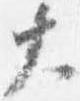
大